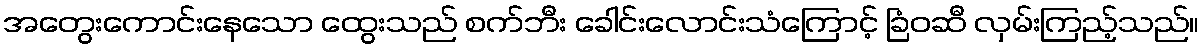
အတွေးကောင်းနေသော ထွေးသည် စက်ဘီး ခေါင်းလောင်းသံကြောင့် ခြံဝဆီ လှမ်းကြည့်သည်။